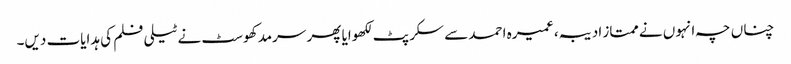
چناں چہ انہوں نے ممتاز ادیبہ، عمیرہ احمد سے سکرپٹ لکھوایا پھر سرمد کھوسٹ نے ٹیلی فلم کی ہدایات دیں۔